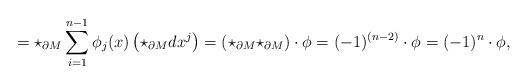
LaTeX: \begin{align*}=\star_{\partial M}\sum_{i=1}^{n-1}\phi_j(x)\left(\star_{\partial M} dx^j\right)= (\star_{\partial M}\star_{\partial M})\cdot \phi=(-1)^{(n-2)}\cdot\phi=(-1)^{n}\cdot \phi,\end{align*}